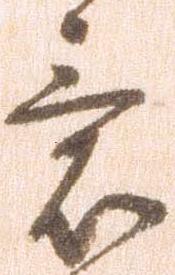
意